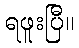
ရဖူးပြီ။